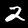
Label: 2